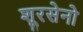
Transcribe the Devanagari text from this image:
शूरसेनो